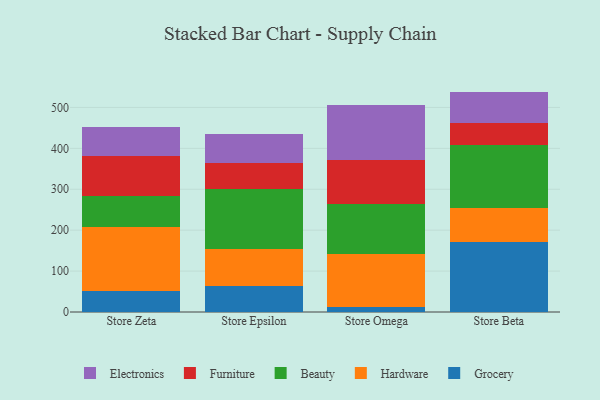
{"axis": {"x": "Store", "y": "Gross Profit (USD K)"}, "legend": ["Beauty", "Electronics", "Furniture", "Grocery", "Hardware"], "data": [{"x": "Store Zeta", "y": 51.2, "type": "Grocery"}, {"x": "Store Zeta", "y": 156.5, "type": "Hardware"}, {"x": "Store Zeta", "y": 75.0, "type": "Beauty"}, {"x": "Store Zeta", "y": 98.3, "type": "Furniture"}, {"x": "Store Zeta", "y": 71.8, "type": "Electronics"}, {"x": "Store Epsilon", "y": 63.4, "type": "Grocery"}, {"x": "Store Epsilon", "y": 90.9, "type": "Hardware"}, {"x": "Store Epsilon", "y": 146.8, "type": "Beauty"}, {"x": "Store Epsilon", "y": 63.9, "type": "Furniture"}, {"x": "Store Epsilon", "y": 70.6, "type": "Electronics"}, {"x": "Store Omega", "y": 13.1, "type": "Grocery"}, {"x": "Store Omega", "y": 128.8, "type": "Hardware"}, {"x": "Store Omega", "y": 122.2, "type": "Beauty"}, {"x": "Store Omega", "y": 106.4, "type": "Furniture"}, {"x": "Store Omega", "y": 136.5, "type": "Electronics"}, {"x": "Store Beta", "y": 172.2, "type": "Grocery"}, {"x": "Store Beta", "y": 81.8, "type": "Hardware"}, {"x": "Store Beta", "y": 153.6, "type": "Beauty"}, {"x": "Store Beta", "y": 53.4, "type": "Furniture"}, {"x": "Store Beta", "y": 77.7, "type": "Electronics"}]}